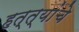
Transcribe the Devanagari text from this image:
हत्त्यांचे